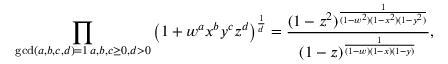
\prod _ { \substack { \operatorname* { g c d } ( a , b , c , d ) = 1 \, a , b , c \geq 0 , d > 0 } } \left( 1 + w ^ { a } x ^ { b } y ^ { c } z ^ { d } \right) ^ { \frac { 1 } { d } } = \frac { ( 1 - z ^ { 2 } ) ^ { \frac { 1 } { ( 1 - w ^ { 2 } ) ( 1 - x ^ { 2 } ) ( 1 - y ^ { 2 } ) } } } { ( 1 - z ) ^ { \frac { 1 } { ( 1 - w ) ( 1 - x ) ( 1 - y ) } } } ,